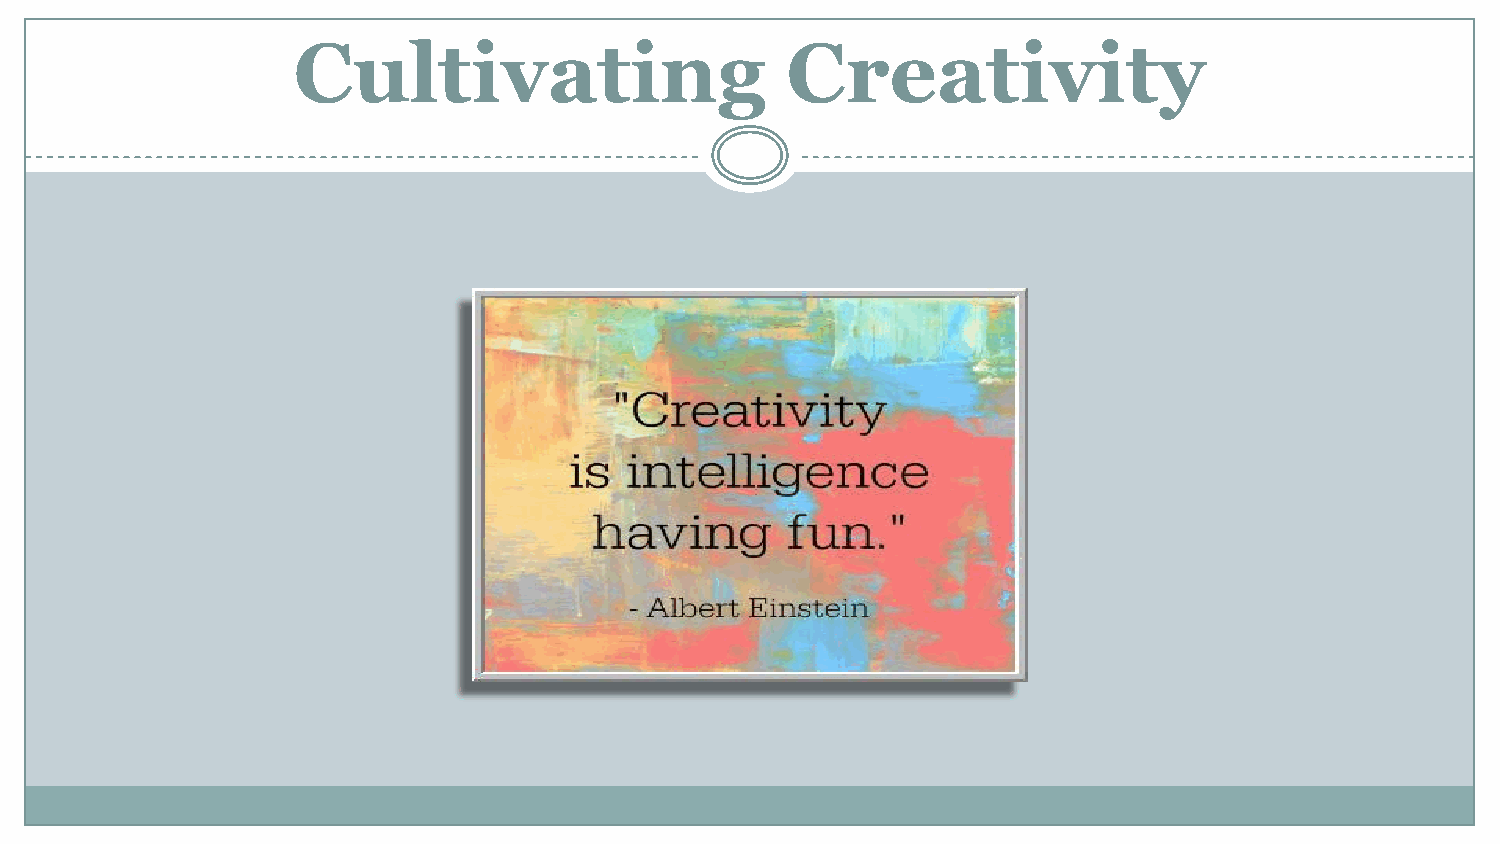
Cultivating                      Creativity